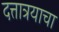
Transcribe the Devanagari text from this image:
दत्तात्रयाचा